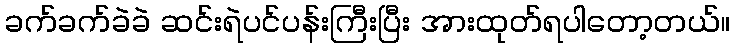
ခက်ခက်ခဲခဲ ဆင်းရဲပင်ပန်းကြီးပြီး အားထုတ်ရပါတော့တယ်။